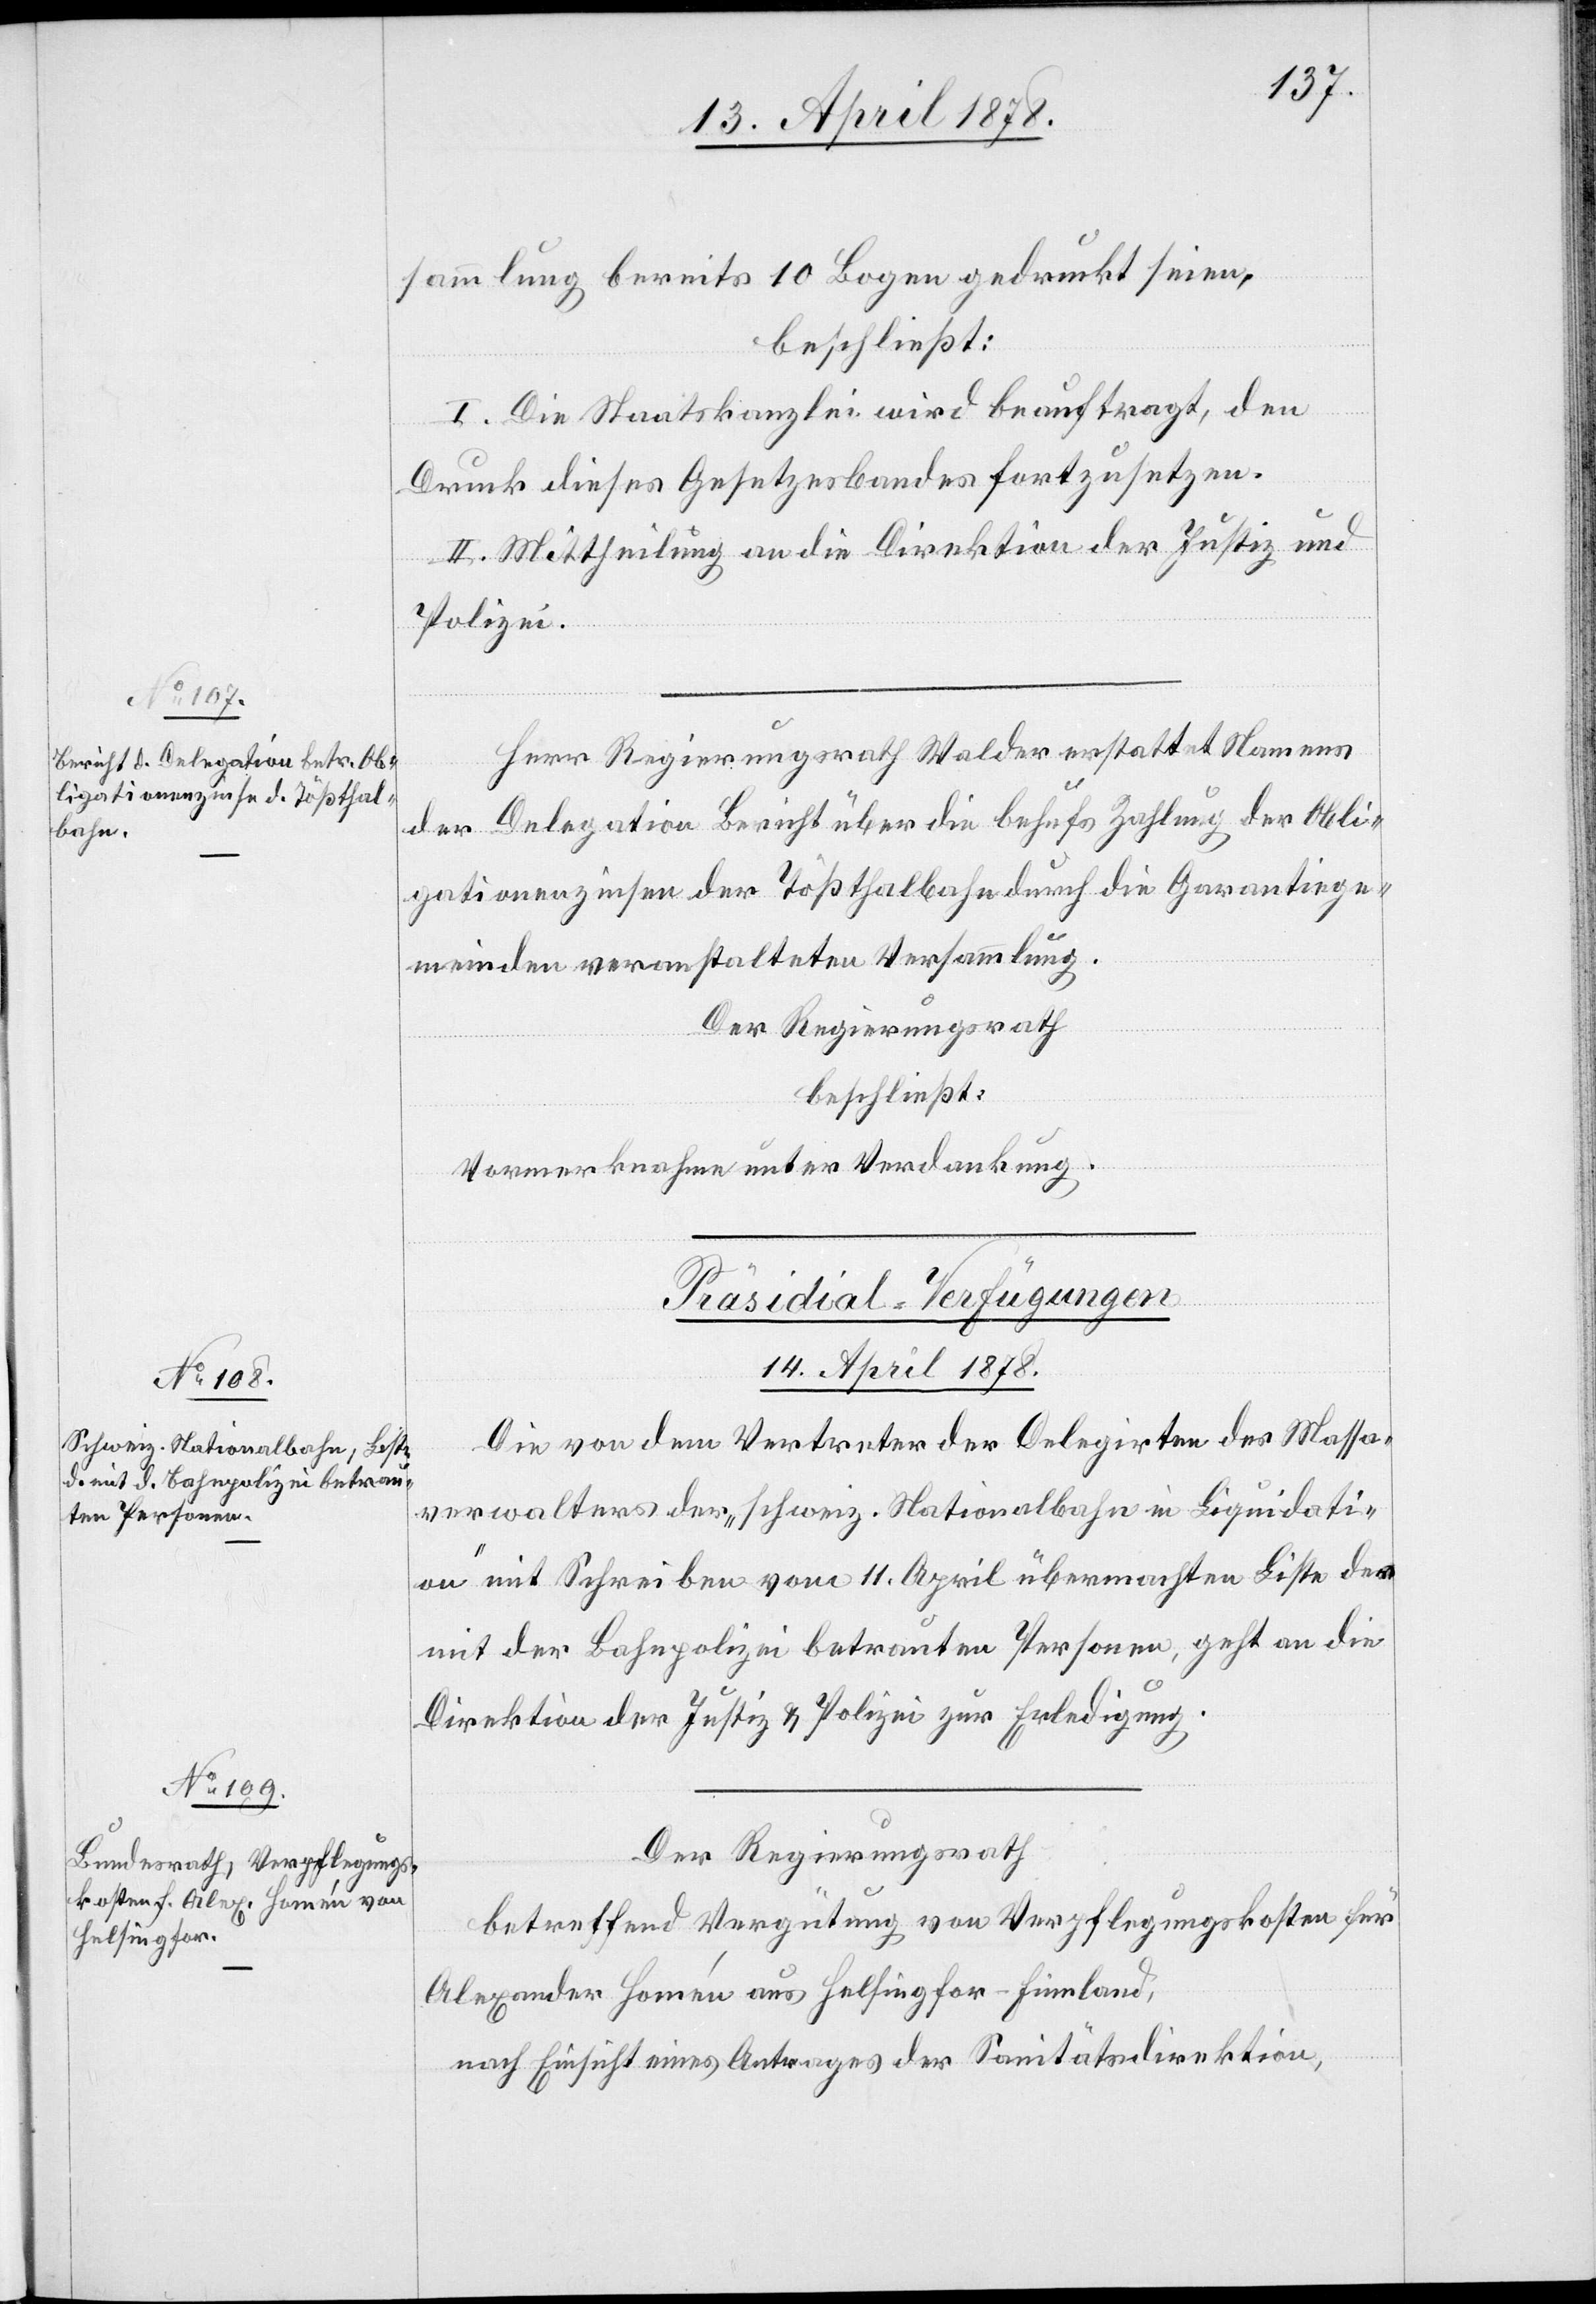
sammlung bereits 10 Bogen gedruckt seien,
beschließt:
I. Die Staatskanzlei wird beauftragt, den
Druck dieses Gesetzesbandes fortzusetzen.
II. Mittheilung an die Direktion der Justiz und
Polizei.
Herr Regierungsrath Walder erstattet Namens
der Delegation Bericht über die behufs Zahlung der Obli¬
gationenzinsen der Tößthalbahn durch die Garantiege¬
meinden veranstalteten Versammlung.
Der Regierungsrath
beschließt:
Vormerknahme unter Verdankung.
[Präsidial-Verfügungen
14. April 1878.]
Die von dem Vertreter der Delegirten des Massa¬
verwalters der „schweiz. Nationalbahn in Liquidati¬
on“ mit Schreiben vom 11. April übermachten Liste der
mit der Bahnpolizei betrauten Personen, geht an die
Direktion der Justiz & Polizei zur Erledigung.
Der Regierungsrath
betreffend Vergütung von Verpflegungskosten für
Alexander Homén aus Helsingfor - Finnland,
nach Einsicht eines Antrages der Sanitätsdirektion,